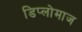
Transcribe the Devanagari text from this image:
डिप्लोमाज